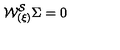
{ \cal W _ { ( \xi ) } ^ { S } } \Sigma = 0